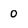
Character: 0